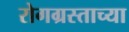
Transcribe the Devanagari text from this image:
रोगग्रस्ताच्या